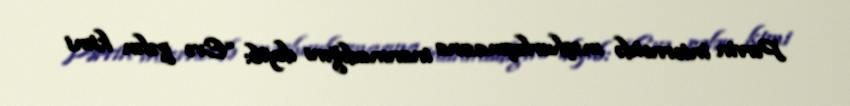
Pərvin internetdə məşhurlaşmasına inanmadığını deyib: “Evə gələn kimi